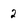
Character: 2